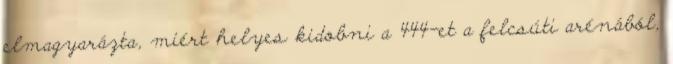
elmagyarázta, miért helyes kidobni a 444-et a felcsúti arénából,